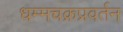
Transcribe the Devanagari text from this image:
धम्मचक्रप्रवर्तन